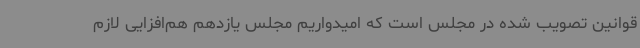
قوانین تصویب شده در مجلس است که امیدواریم مجلس یازدهم هم‌افزایی لازم